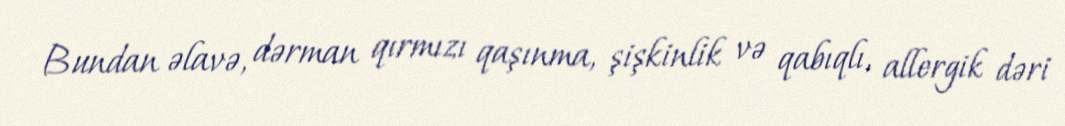
Bundan əlavə, dərman qırmızı qaşınma, şişkinlik və qabıqlı, allergik dəri